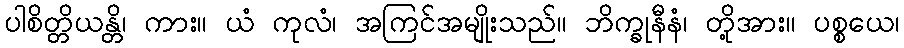
ပါစိတ္တိယန္တိ၊ ကား။ ယံ ကုလံ၊ အကြင်အမျိုးသည်။ ဘိက္ခုနီနံ၊ တို့အား။ ပစ္စယေ၊